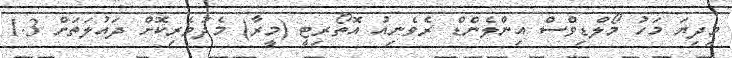
މިދިޔަ މަހު މޯލްޑިވްސް އިންލެންޑް ރެވެނިއު އޮތޯރިޓީ (މީރާ) މެދުވެރިކޮށް ދައުލަތަށް 1.3